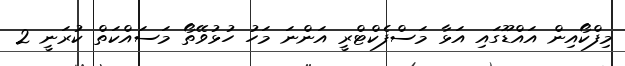
މިފްކޯއިން އައްޑޫގައި އަޅާ މަސްފެކްޓްރީ އަންނަ މަހު ހުޅުވޭތޯ މަސައްކަތް ކުރަނީ 2